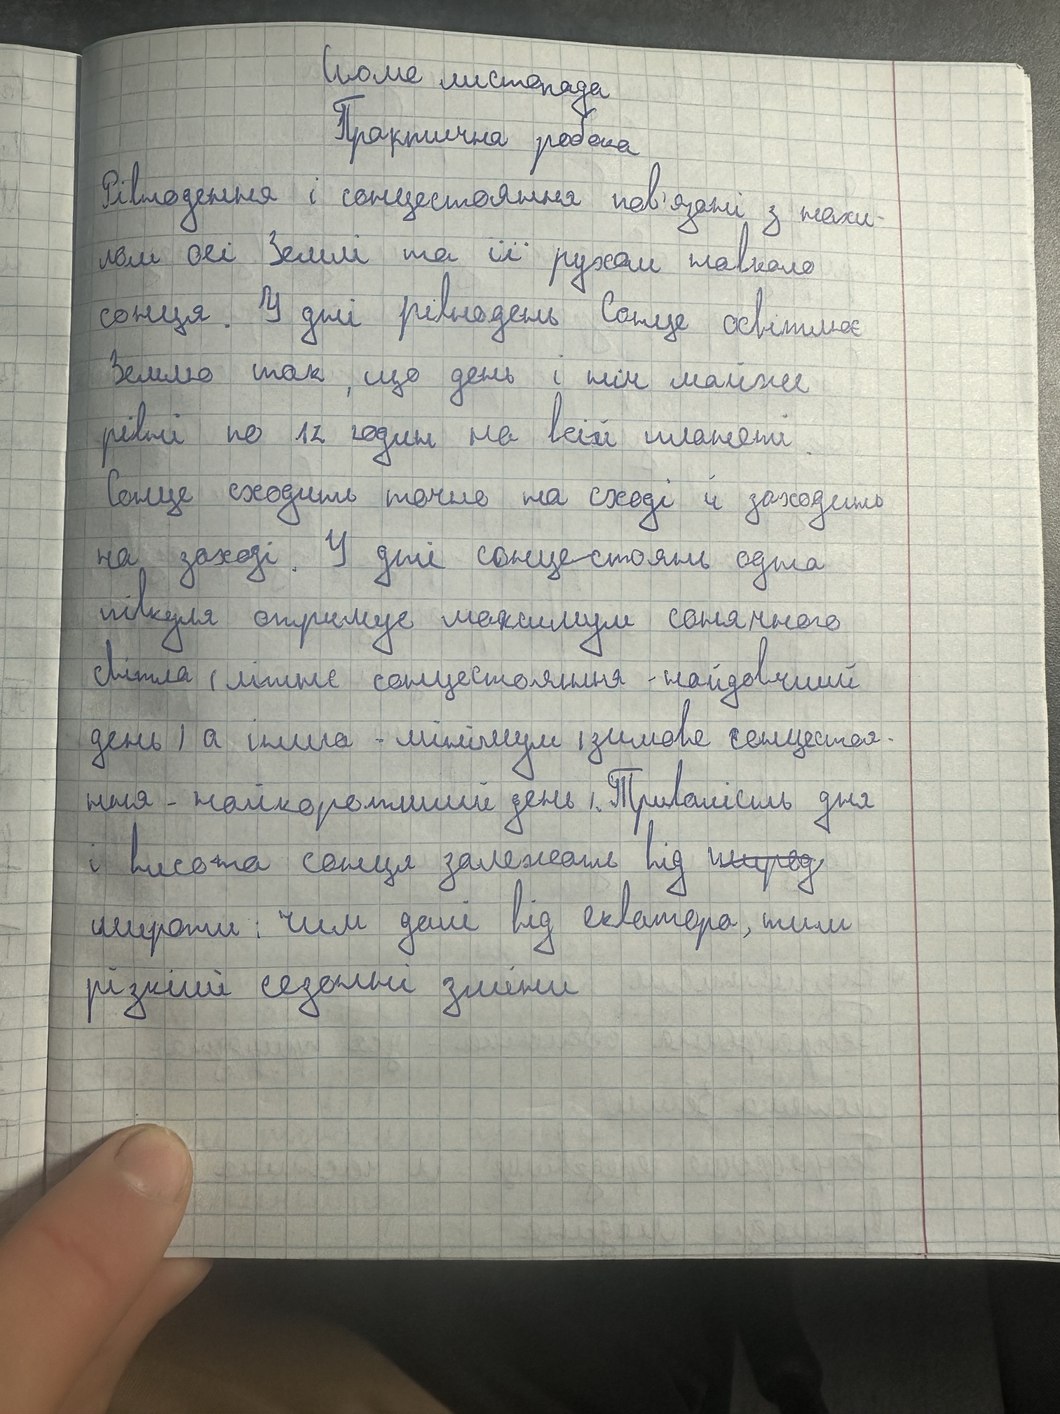
Сьоме листопада
Практична робота
Рівнодення і сонцестояння пов’язані з нахи-
лом осі Землі та її рухом навколо
сонця.У дні рівнодень Сонце освітлює
Землю так,що день і ніч майже
рівні по 12 годин на всій планеті.
Сонце сходить точно на сході й заходить
на заході. У дні сонцестоянь одна
півкуля отримує максимум сонячного
світла (літне сонцестояння-найдовший
день; а інша-мінімум  (зимове сонцестоя-
ння-найкоротший день ).Тривалість дня
і висота сонця залежеть від ~~теред~~
широти: чим далі від екватора,тим
різкіше сезонні зміни